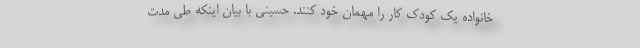
خانواده یک کودک کار را مهمان خود کنند. حسینی با بیان اینکه طی مدت